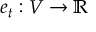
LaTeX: e _ { t } : V \to \mathbb { R }